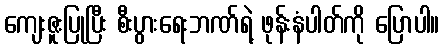
ကျေးဇူးပြုပြီး စီးပွားရေးဘဏ်ရဲ့ ဖုန်းနံပါတ်ကို ပြောပါ။